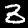
Digit: 3